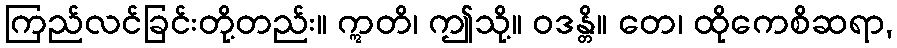
ကြည်လင်ခြင်းတို့တည်း။ ဣတိ၊ ဤသို့။ ဝဒန္တိ။ တေ၊ ထိုကေစိဆရာ,